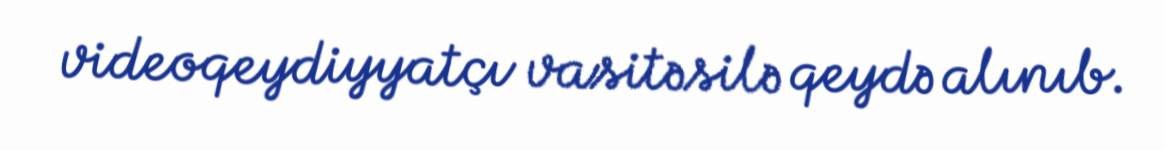
videoqeydiyyatçı vasitəsilə qeydə alınıb.